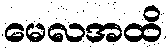
မေလအထိ